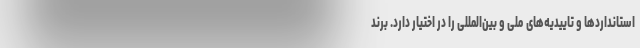
استانداردها و تاییدیه‌های ملی و بین‌المللی را در اختیار دارد. برند